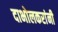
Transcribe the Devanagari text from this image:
दाभोलकरांनी